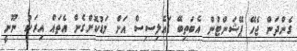
ގެންދަން ޖެހޭ ޕޭޝަންޓުން އެބަތިބޭ ޑައެލިސިސް އަށް މަޑުކޮށްގެން އެތައް އިރަކު. ނޫނީ